Indian journal of veterinary science and animal husbandry - Volume 11,
Year: 1941
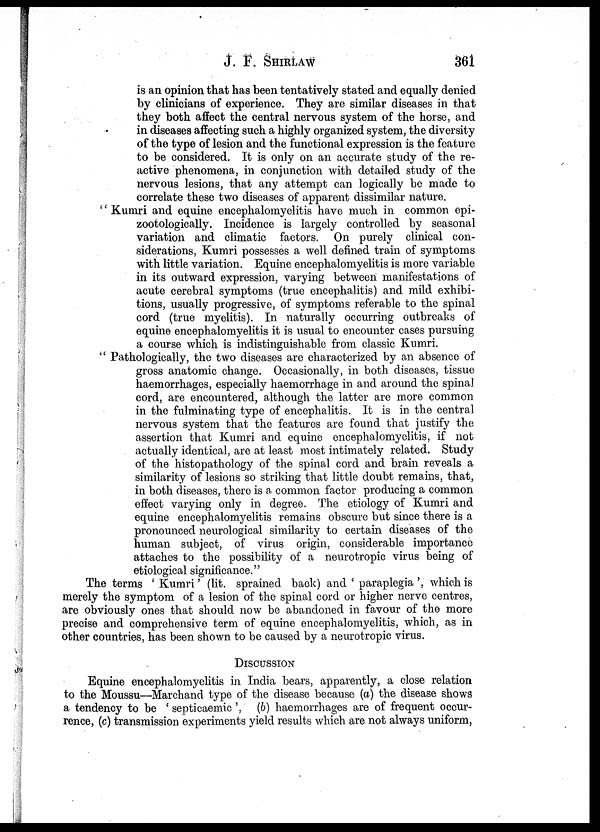
J. F. SHIRLAW
361
is an opinion that has been tentatively stated and equally denied
by clinicians of experience. They are similar diseases in that
they both affect the central nervous system of the horse, and
in diseases affecting such a highly organized system, the diversity
of the type of lesion and the functional expression is the feature
to be considered. It is only on an accurate study of the re-
active phenomena, in conjunction with detailed study of the
nervous lesions, that any attempt can logically be made to
correlate these two diseases of apparent dissimilar nature.
" Kumri and equine encephalomyelitis have much in common epi-
zootologically. Incidence is largely controlled by seasonal
variation and climatic factors. On purely clinical con-
siderations, Kumri possesses a well defined train of symptoms
with little variation. Equine encephalomyelitis is more variable
in its outward expression, varying between manifestations of
acute cerebral symptoms (true encephalitis) and mild exhibi-
tions, usually progressive, of symptoms referable to the spinal
cord (true myelitis). In naturally occurring outbreaks of
equine encephalomyelitis it is usual to encounter cases pursuing
a course which is indistinguishable from classic Kumri.
" Pathologically, the two diseases are characterized by an absence of
gross anatomic change. Occasionally, in both diseases, tissue
haemorrhages, especially haemorrhage in and around the spinal
cord, are encountered, although the latter are more common
in the fulminating type of encephalitis. It is in the central
nervous system that the features are found that justify the
assertion that Kumri and equine encephalomyelitis, if not
actually identical, are at least most intimately related. Study
of the histopathology of the spinal cord and brain reveals a
similarity of lesions so striking that little doubt remains, that,
in both diseases, there is a common factor producing a common
effect varying only in degree. The etiology of Kumri and
equine encephalomyelitis remains obscure but since there is a
pronounced neurological similarity to certain diseases of the
human subject, of virus origin, considerable importance
attaches to the possibility of a neurotropic virus being of
etiological significance."
The terms ' Kumri' (lit. sprained back) and ' paraplegia ', which is
merely the symptom of a lesion of the spinal cord or higher nerve centres,
are obviously ones that should now be abandoned in favour of the more
precise and comprehensive term of equine encephalomyelitis, which, as in
other countries, has been shown to be caused by a neurotropic virus.
DISCUSSION
Equine encephalomyelitis in India bears, apparently, a close relation
to the Moussu—Marchand type of the disease because (a) the disease shows
a tendency to be ' septicaemic ', (b) haemorrhages are of frequent occur-
rence, (c) transmission experiments yield results which are not always uniform,